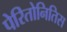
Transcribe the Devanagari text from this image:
पेरितोनितिस